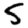
Digit: 5